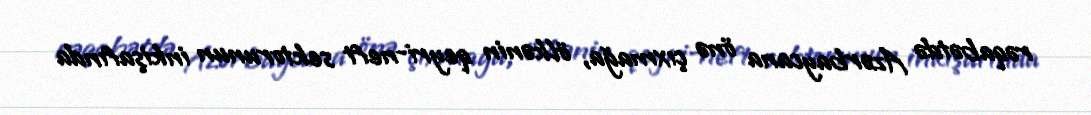
rəqabətdə Azərbaycana önə çıxmağa, ölkənin qeyri-neft sektorunun inkişafında